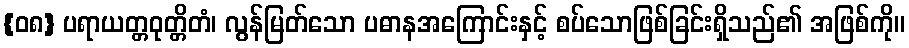
{၀၈} ပရာယတ္တဝုတ္တိတံ၊ လွန်မြတ်သော ပဓာနအကြောင်းနှင့် စပ်သောဖြစ်ခြင်းရှိသည်၏ အဖြစ်ကို။